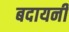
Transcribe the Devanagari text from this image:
बदायनी